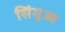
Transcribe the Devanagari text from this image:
सिंगुआ